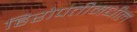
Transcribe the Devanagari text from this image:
हिरोपंतीमधील